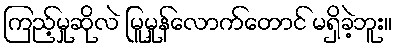
ကြည့်မှုဆိုလဲ မြူမှုန်လောက်တောင် မရှိခဲ့ဘူး။